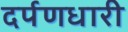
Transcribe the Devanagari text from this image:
दर्पणधारी